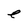
Character: e